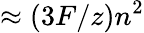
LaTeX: \approx(3F/z)n^{2}